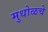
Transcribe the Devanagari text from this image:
मुधोळचे